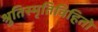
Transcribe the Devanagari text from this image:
श्रुतिस्मृतिविहितो